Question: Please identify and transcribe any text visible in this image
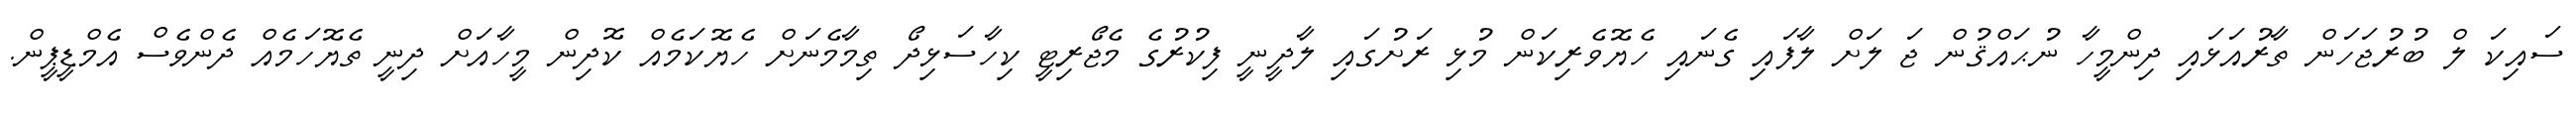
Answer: ސައިކަ ލް ބުރުޖަހަން ތާރުއަޅައި ދިންމީހާ ނުޙައްޤުން ޖަ ލަށް ލާފައި ގެނައި ހެޔޮވެރިކަން މުޅި ރަށުގައި ލާދީނީ ފިކުރުގެ މެޖޯރިޓީ ކިހާސަޅިދޯ ތިމާމެނަށް ހެޔޮކަމެއް ކޮދިން މީހާއަށް ދިނީ ތެޔޮހަމެއް ދެންވެސް އެމްޑީޕީން.